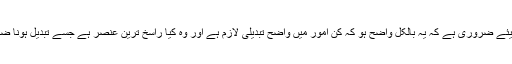
ترقی کے لیئے ضروری ہے کہ یہ بالکل واضح ہو کہ کن امور میں واضح تبدیلی لازم ہے اور وہ کیا راسخ ترین عنصر ہے جسے تبدیل ہونا ضروری ہے۔